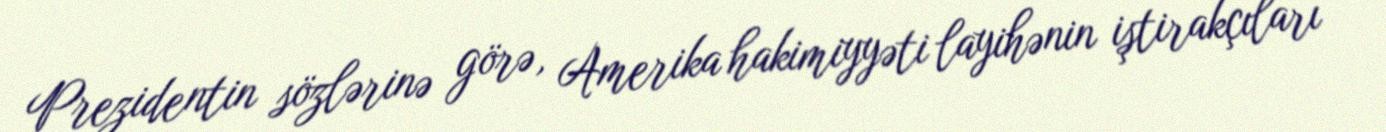
Prezidentin sözlərinə görə, Amerika hakimiyyəti layihənin iştirakçıları